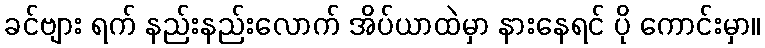
ခင်ဗျား ရက် နည်းနည်းလောက် အိပ်ယာထဲမှာ နားနေရင် ပို ကောင်းမှာ။